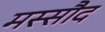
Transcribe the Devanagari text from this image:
मस्सौद